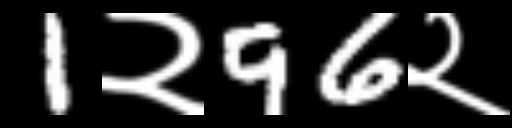
Text: 1२96२